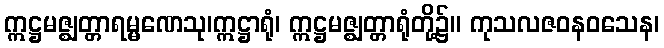
ဣဋ္ဌမဇ္ဈတ္တာရမ္မဏေသု၊ဣဋ္ဌာရုံ၊ ဣဋ္ဌမဇ္ဈတ္တာရုံတို့၌။ ကုသလဇဝနဝသေန၊